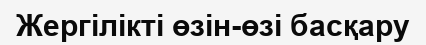
Жергілікті өзін-өзі басқару